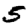
Digit: 5